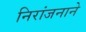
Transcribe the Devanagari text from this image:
निरांजनाने